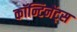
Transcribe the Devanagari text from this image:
कॉन्टिनेंट्स